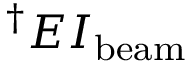
^ \dag E I _ { \mathrm { b e a m } }